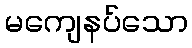
မကျေနပ်သော